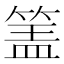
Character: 𰪅